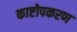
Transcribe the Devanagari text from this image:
काष्टोपकरण